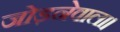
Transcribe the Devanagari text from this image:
जोड़नेवाला।